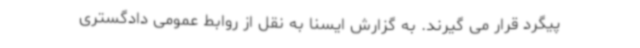
پیگرد قرار می گیرند. به گزارش ایسنا به نقل از روابط عمومی دادگستری